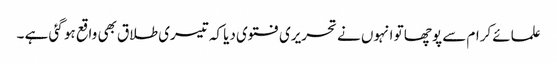
علمائے کرام سے پوچھا تو انہوں نے تحریری فتوی دیا کہ تیسری طلاق بھی واقع ہو گئی ہے ۔